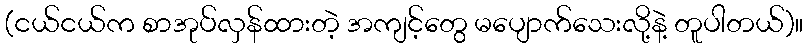
(ငယ်ငယ်က စာအုပ်လှန်ထားတဲ့ အကျင့်တွေ မပျောက်သေးလို့နဲ့ တူပါတယ်)။